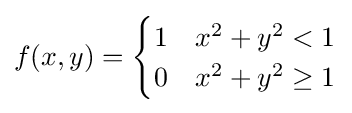
f(x,y)={\begin{cases}1&x^{2}+y^{2}<1\\0&x^{2}+y^{2}\geq 1\end{cases}}